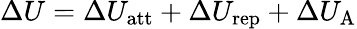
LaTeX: \Delta U=\Delta U_{{\mathrm{att}}}+\Delta U_{{\mathrm{rep}}}+\Delta U_{\mathrm{A}}